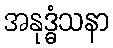
အနုဒ္ဓံသနာ